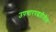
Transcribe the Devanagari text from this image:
उपचारपद्धतीतील